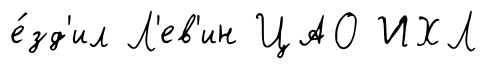
е́зд'ил Л'ев'ин ЦАО ИХЛ